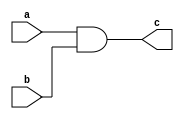
module ContinuousAssignment(
    input wire a,
    input wire b,
    output wire c
);

assign c = a & b;

endmodule